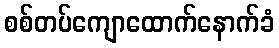
စစ်တပ်ကျောထောက်နောက်ခံ